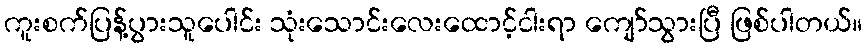
ကူးစက်ပြန့်ပွားသူပေါင်း သုံးသောင်းလေးထောင့်ငါးရာ ကျော်သွားပြီ ဖြစ်ပါတယ်။